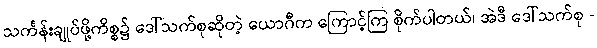
သင်္ကန်းချုပ်ဖို့ကိစ္စ၌ ဒေါ်သက်စုဆိုတဲ့ ယောဂီက ကြောင့်ကြ စိုက်ပါတယ်၊ အဲဒီ ဒေါ်သက်စု -